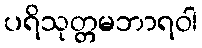
ပရိသုတ္တမဘာရဝါ